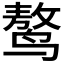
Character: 𪉑